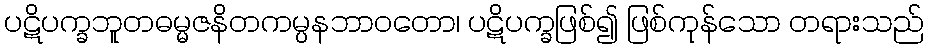
ပဋိပက္ခဘူတဓမ္မဇနိတကမ္ပနဘာဝတော၊ ပဋိပက္ခဖြစ်၍ ဖြစ်ကုန်သော တရားသည်